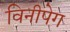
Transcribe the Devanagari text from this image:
विनीपेग